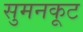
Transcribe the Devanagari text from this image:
सुमनकूट